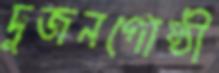
দুজনগোষ্ঠী